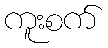
ကူးစက်